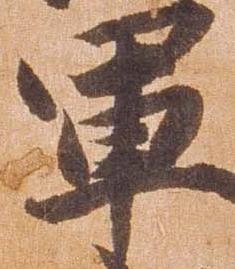
軍